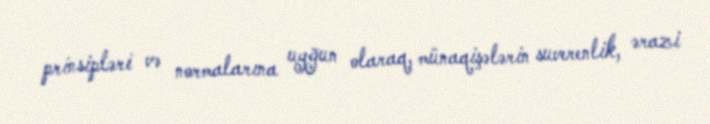
prinsipləri və normalarına uyğun olaraq, münaqişələrin suverenlik, ərazi